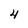
Character: 4